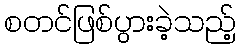
စတင်ဖြစ်ပွားခဲ့သည့်